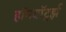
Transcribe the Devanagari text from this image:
हॉगवॉर्ट्झ